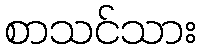
စာသင်သား